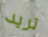
تريد